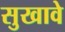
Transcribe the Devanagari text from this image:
सुखावे